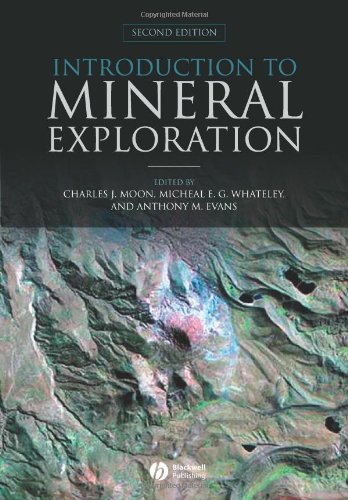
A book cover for Introduction to Mineral Exploration; Science & Math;